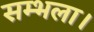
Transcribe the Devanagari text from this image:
सम्भला।